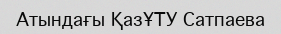
Атындағы ҚазҰТУ Сатпаева